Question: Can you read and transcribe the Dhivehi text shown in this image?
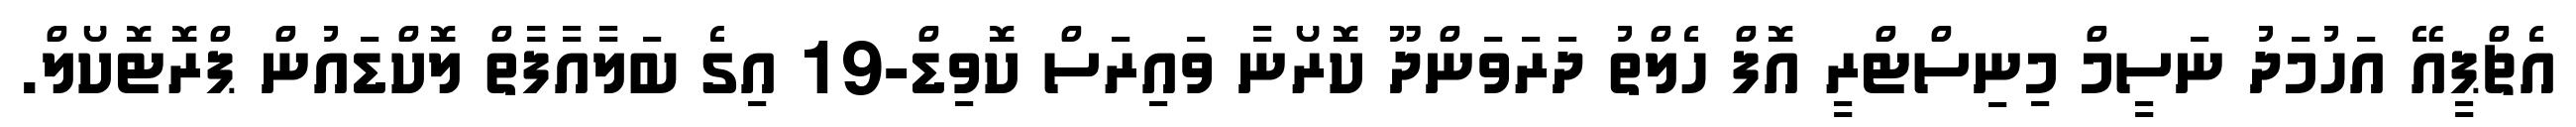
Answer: އެޗްޕީއޭ އަހުމަދު ނަސީމް މިނިސްޓްރީ އޮފް ހެލްތު ދަރަވަންދޫ ކޮރޯނާ ވައިރަސް ކޮވިޑް-19 އިގެ ބަލާއާފާތް ލޮކްޑައުން ޕްރޮޓޮކޯލް.